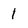
Character: 1